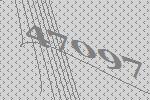
47097